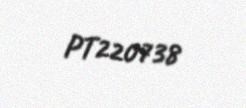
PT220738